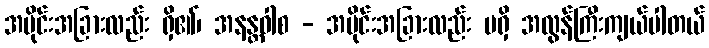
အပိုင်းအခြားလည်း ရှိ၏၊ အနန္တဝါစ - အပိုင်းအခြားလည်း မရှိ အလွန်ကြီးကျယ်ပါတယ်